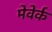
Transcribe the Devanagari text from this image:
मेवेर्क